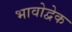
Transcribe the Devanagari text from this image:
भावोद्वेक